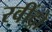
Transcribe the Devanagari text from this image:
रवींद्रो